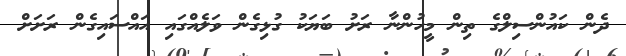
ދެން ކައުންސިލްގެ ތިން މީހުންނާ ރަށު ބަޔަކު ގުޅިގެން ވަލެއްގައި އައްސައިގެން ރަށަށް